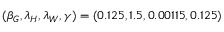
( \beta _ { G } , \lambda _ { H } , \lambda _ { W } , \gamma ) = ( 0 . 1 2 5 , 1 . 5 , 0 . 0 0 1 1 5 , 0 . 1 2 5 )